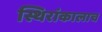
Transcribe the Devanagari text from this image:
स्थिरांकालाच